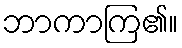
ဘာကာကြ၏။